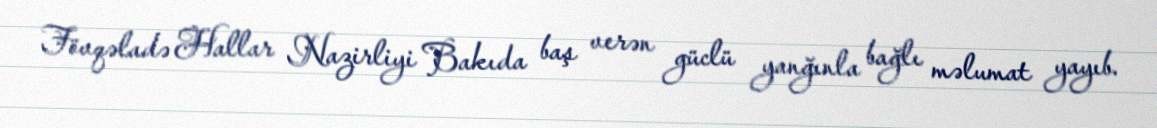
Fövqəladə Hallar Nazirliyi Bakıda baş verən güclü yanğınla bağlı məlumat yayıb.